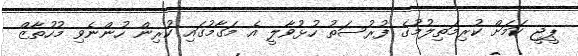
ޕީޖީ ކަމަށް ކުރިމަތިލުމުގެ ފުރުސަތު ހުޅުވާލީ އެ މަގާމުގައި ކުރިން ހުންނެވި މުހުތާޒް